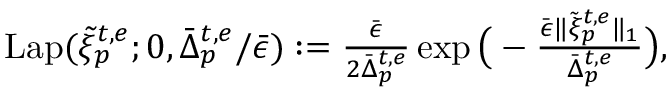
\begin{array} { r l } & { \mathrm { L a p } ( \tilde { \xi } _ { p } ^ { t , e } ; 0 , \bar { \Delta } _ { p } ^ { t , e } / \bar { \epsilon } ) : = \frac { \bar { \epsilon } } { 2 \bar { \Delta } _ { p } ^ { t , e } } \exp \big ( - \frac { \bar { \epsilon } \| \tilde { \xi } _ { p } ^ { t , e } \| _ { 1 } } { \bar { \Delta } _ { p } ^ { t , e } } \big ) , } \end{array}